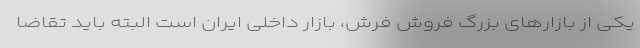
یکی از بازارهای بزرگ فروش فرش، بازار داخلی ایران است البته باید تقاضا